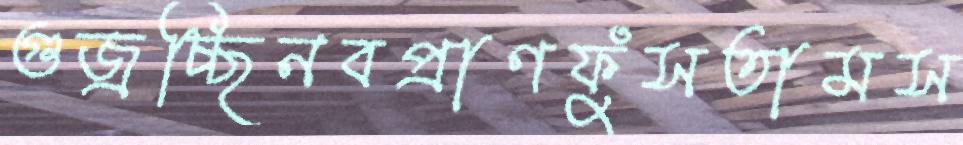
গুজ্‌রচ্ছিনবপ্রাণফুঁসতামস